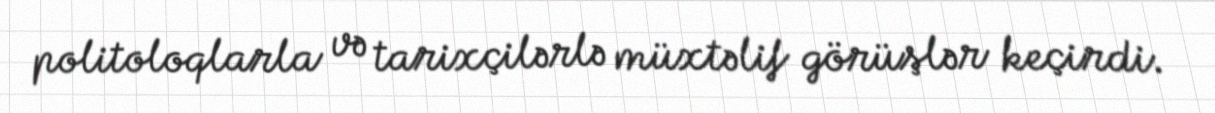
politoloqlarla və tarixçilərlə müxtəlif görüşlər keçirdi.